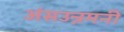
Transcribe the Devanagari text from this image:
अंसउन्नमनी